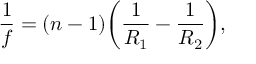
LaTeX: { \frac { 1 } { f } } = ( n - 1 ) \! \left( { \frac { 1 } { R _ { 1 } } } - { \frac { 1 } { R _ { 2 } } } \right) \! ,